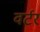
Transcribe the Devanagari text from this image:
वर्टर